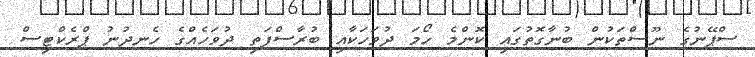
ސްޕޭނުގެ ނޫސްތަކުން ބުނާގޮތުގައި ކޮންމެ ހޯމަ ދުވަހަކާއި ބުރާސްފަތި ދުވަހެއްގެ ހެނދުނު ޕްރެކްޓިސް